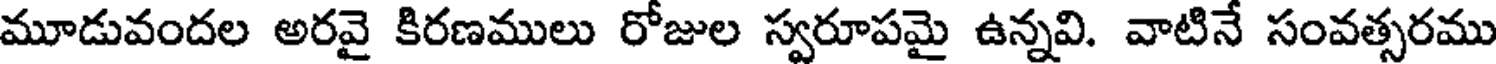
మూడువందల అరవై కిరణములు రోజుల స్వరూపమై ఉన్నవి. వాటినే సంవత్సరము